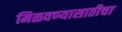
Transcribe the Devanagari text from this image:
मिळवण्यासाठीचा